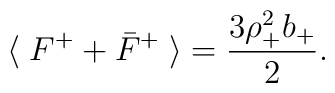
\langle\; F^+ + \bar{F}^+ \;\rangle =  {3\rho^2_+b_+\over2}.